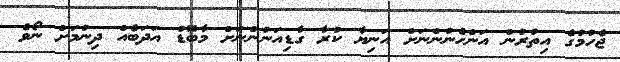
ޖެހުމުގެ އިތުރުން އަންހެނުންނަށް އަނިޔާ ކުރާ ގާޑިއަނުންނަށް މާބޮޑު އަދަބެއް ދިނުމަށް ނޯވެ